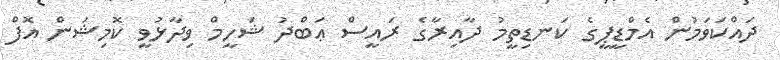
ދައްކަވަމުން އެމްޑީޕީގެ ކަނޑިތީމު ދާއިރާގެ ރައީސް ޢަބްދު ޝަހީމް ވިދާޅުވީ ކޮމިޝަން އޮފް